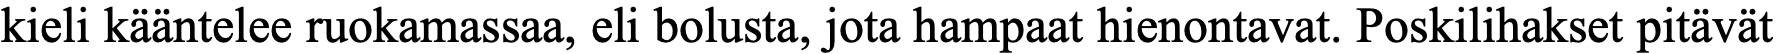
kieli kääntelee ruokamassaa, eli bolusta, jota hampaat hienontavat. Poskilihakset pitävät